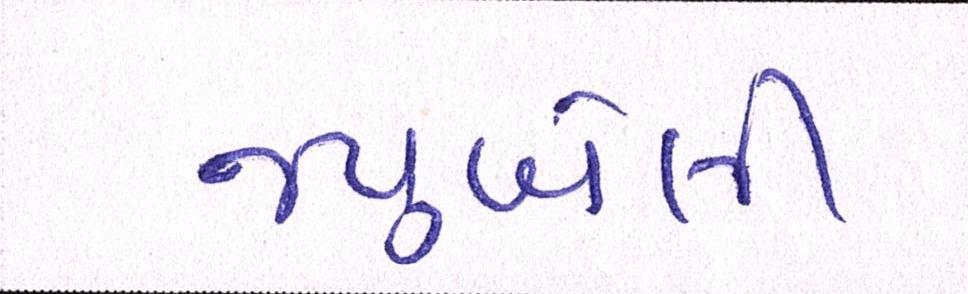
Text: જ્યુબેલી